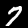
Label: 7